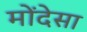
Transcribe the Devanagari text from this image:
मोंदेसा